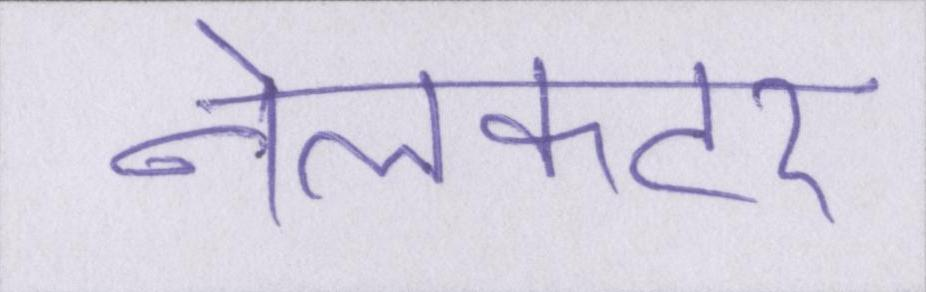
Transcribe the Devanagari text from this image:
नेलकटर